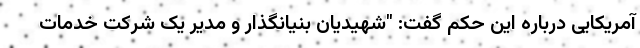
آمریکایی درباره این حکم گفت: "شهیدیان بنیانگذار و مدیر یک شرکت خدمات